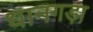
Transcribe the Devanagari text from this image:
धानगड़ा